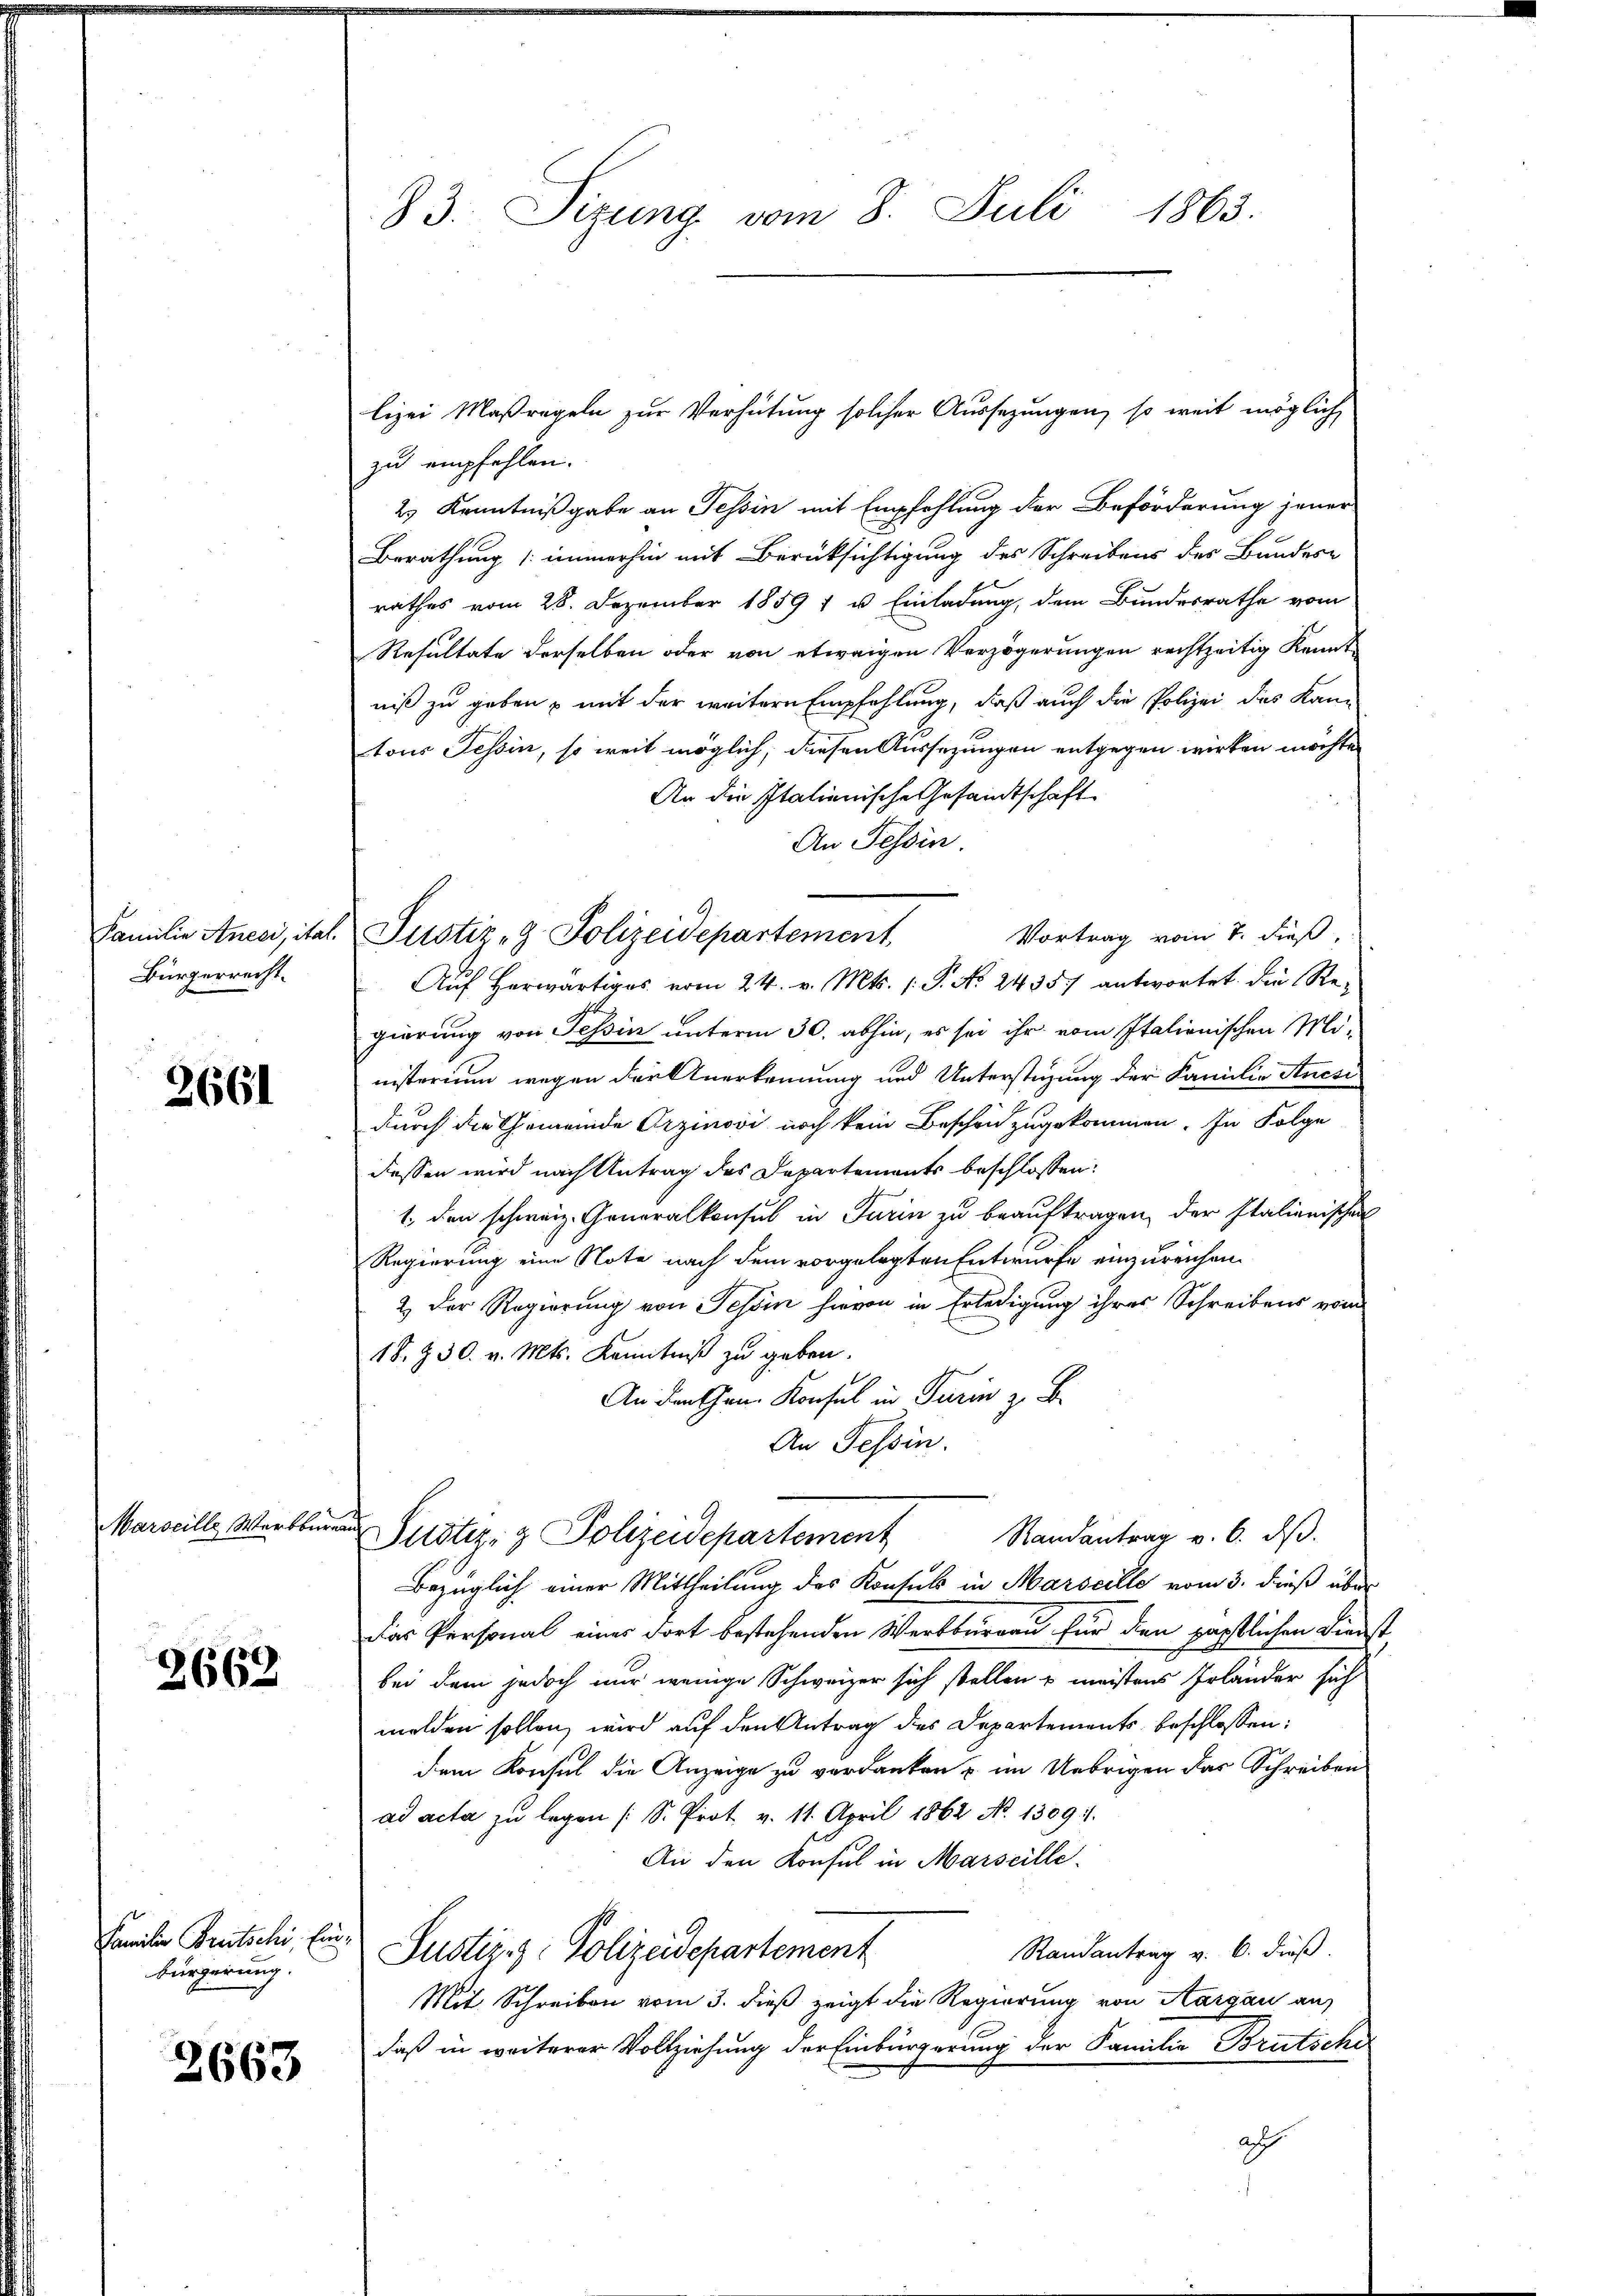
Familie Aneri, ital.
Bürgerrecht.

2661

Marseille Werkbureau

2662

Familie Frutschi, Einbürgerung.

2663

83. Sizung vom 8. Juli 1863.

zu empfehlen.
2) Kenntnißgabe an Tessin mit Empfehlung der Beförderung jener
Berathung immerhin mit Berücksichtigung des Schreibens des Bundes-
rathes vom 28. Dezember 1859 1 u. Einladung, dem Bundesrathe vom
Resultate derselben oder von etwaigen Verzögerungen rechtzeitig Kennt
niß zu geben, mit der weitere Empfehlung, daß auch die Polizei das Kan-
tous Tessin, so weit möglich, diesen Aussezungen entgegen wirken möchte
An die Italienische Gesamtschaft
An Tessin.
Vortrag vom 7. dieß,
Auf herwärtiges vom 24. v. Mts. (: P. No. 2435. antwortet. Die Regierung von Tessin unterm 30. abhin, es sei ihr vom Italienischen Ministerium wegen der Anerkennung und Unterstüzung der Familie Anesi
durch die Gemeinde Orzinovi noch kein Beschen zugekommen. In Folge
dessen wird nach Antrag des Departements beschlossen:
1. den schweiz. Generalkonsul in Turin zu beauftragen, der Italienischen
Regierung eine Note nach dem vorgelegten Entwurfe einzureichen.
2. Der Regierung von Tessin hievon in Erledigung ihrer Schreibens vom
18. 230. v. Mts. Kenntniß zu geben.
An den Hrn. Konsul in Turin z. B.
An Tessin.
Justiz- & Polizeidepartement Randantrag v. 6. dβ.
Bezüglich einer Mittheilung des Konsuls in Marseille vom 3. dieß über
Das Personal eines dort bestehenden Werkburgau für den päpstlichen Diens-
bei dem jedoch nur wenige Schweizer sich stellen u meistens Irländer sich
melden sollen, wird auf den Antrag des Departements beschlossen:
dem Konsul die Anzeige zu verdanken u. im Uebrigen das Schreiben
ad acta zu legen (S. Prot v. 11. April 1862 No. 1309. 1.
An den Konsul in Marseille.
Randantrag v. 6. dieß.
Justiz- & Polizeidepartement
Mit Schreiben vom 3. dieß zeigt die Regierung von Aargau auf
daß in weiterer Vollziehung der Einbürgerung der Familie Brütsche
ach

Justiz - Polizeidepartement

lizei Maßregeln zur Verhütung solcher Aussezungen, so weit möglich